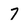
Character: 7